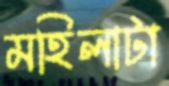
মহিলাটা